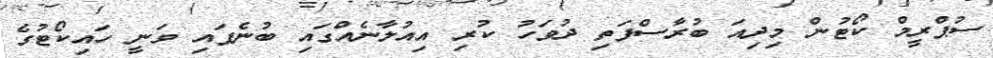
ސުޕްރީމް ކޯޓުން މިދިއަ ބުރާސްފަތި ދުވަހު ކުރި އިއުލާނެއްގައި ބުނެފައި ވަނީ ހައިކޯޓުގެ